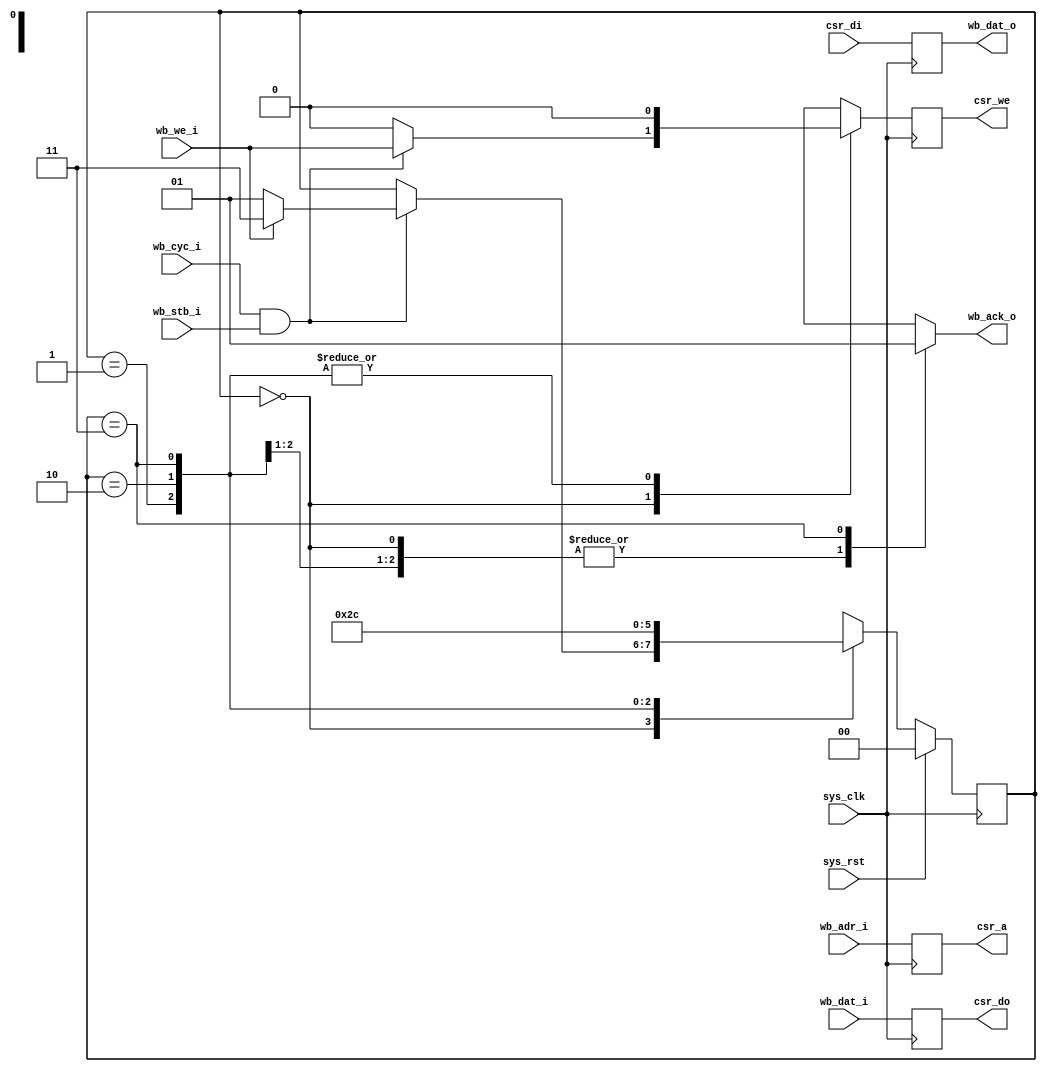
// --------------------------------------------------------------------
// --------------------------------------------------------------------
// Module:      csrbrg.v
// Description: Configuration and Staus Register(CSR)Bus
// --------------------------------------------------------------------
// --------------------------------------------------------------------
module csrbrg(
	input 				sys_clk,
	input 				sys_rst,
	
	input 		[ 3:1]	wb_adr_i,	// WB Slave
	input 		[15:0]	wb_dat_i,
	output reg	[15:0]	wb_dat_o,
	input 				wb_cyc_i,
	input 				wb_stb_i,
	input 				wb_we_i,
	output reg 			wb_ack_o,
	
	output reg 	[ 2:0] 	csr_a,		// CSR Master
	output reg 			csr_we,
	output reg 	[15:0]	csr_do,
	input 		[15:0]	csr_di
);

// Datapath: WB <- CSR 
always @(posedge sys_clk) begin
	wb_dat_o <= csr_di;
end

// Datapath: CSR -> WB 
reg next_csr_we;
always @(posedge sys_clk) begin
	csr_a <= wb_adr_i[3:1];
	csr_we <= next_csr_we;
	csr_do <= wb_dat_i;
end

// Controller 
reg [1:0] state;
reg [1:0] next_state;

parameter IDLE		= 2'd0;
parameter DELAYACK1	= 2'd1;
parameter DELAYACK2	= 2'd2;
parameter ACK		= 2'd3;

always @(posedge sys_clk) begin
	if(sys_rst) state <= IDLE;
	else		state <= next_state;
end

always @(*) begin
	next_state  = state;
	wb_ack_o    = 1'b0;
	next_csr_we = 1'b0;
	
	case(state)
		IDLE: begin
			if(wb_cyc_i & wb_stb_i) begin  		// We have a request 
				next_csr_we = wb_we_i;
				if(wb_we_i) next_state = ACK;
				else		next_state = DELAYACK1;
			end
		end
		DELAYACK1: next_state = DELAYACK2;
		DELAYACK2: next_state = ACK;
		ACK: begin
			wb_ack_o = 1'b1;
			next_state = IDLE;
		end
	endcase
end

// --------------------------------------------------------------------
endmodule
// --------------------------------------------------------------------